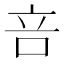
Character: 咅